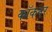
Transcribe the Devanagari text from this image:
कॉकनर